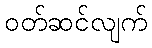
ဝတ်ဆင်လျက်